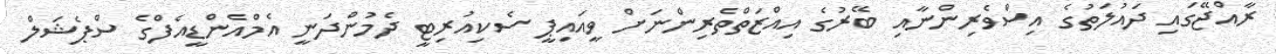
ރާއްޖޭގައި ދައުލަތުގެ އިސްވެރިންނާއި ބޭރުގެ އިއްޒަތްތެރިންނަށް ވީއައިޕީ ސެކިއުރިޓީ ދެމުންދަނީ އެމްއެންޑީއެފްގެ ސްޕެޝަލް